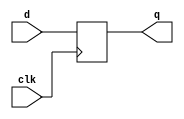
module DFF(clk, d, q);
	input clk;
	input d;
	output reg q;
	
	always @(posedge clk)
		begin
			q = d;
	end
	
endmodule